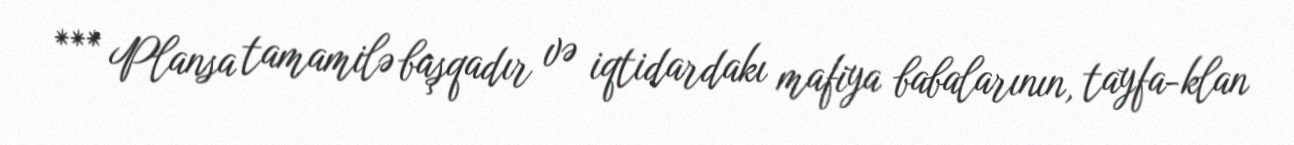
*** Plansa tamamilə başqadır və iqtidardakı mafiya babalarının, tayfa-klan